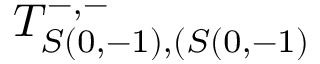
T _ { S ( 0 , - 1 ) , ( S ( 0 , - 1 ) } ^ { - , - }